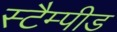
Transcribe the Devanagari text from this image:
स्टैम्पीड